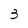
Character: 3